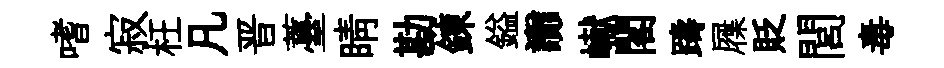
嗜寂枉凡晋薹睛勘錬鎰讟𪩘閣躊屧貶閭毒